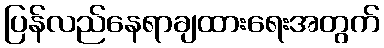
ပြန်လည်နေရာချထားရေးအတွက်